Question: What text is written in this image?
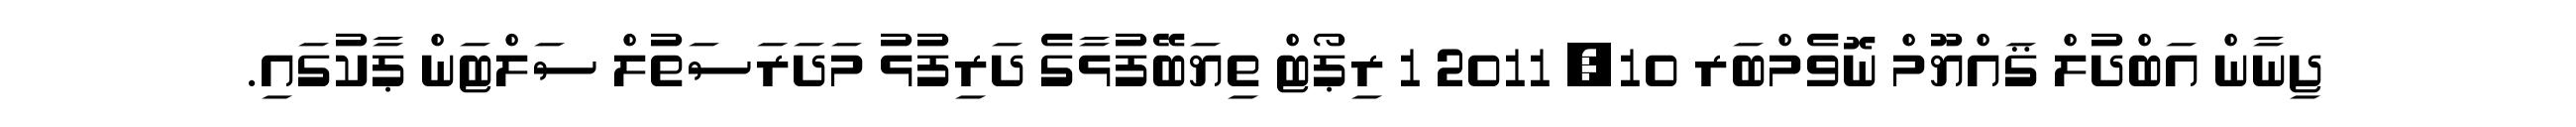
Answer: ޖިނާން އަބްދުލް ޤައްޔޫމް ނޮވެމްބަރ 10, 2011 1 ރިޕޯޓް ތިޔަބޭފުޅާގެ ދަރިފުޅު މަދަރަސަތުލް ސަލްޓަން ޕާކުގައި.